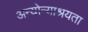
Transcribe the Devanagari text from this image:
अन्योन्याश्रयता